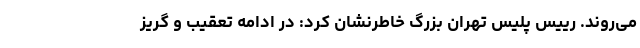
می‌روند. رییس پلیس تهران بزرگ خاطرنشان کرد: در ادامه تعقیب و گریز